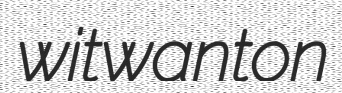
witwanton